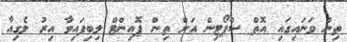
ތިން ވަނައިގައި އޮތް ސްޕޯޓިން އަށް ތިން ޕޮއިންޓް ލިބިފައިވާ އިރު ލެގިއާ